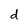
Character: d